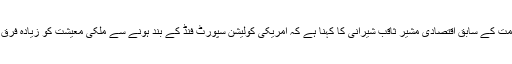
پاکستانی حکومت کے سابق اقتصادی مشیر ثاقب شیرانی کا کہنا ہے کہ امریکی کولیشن سپورٹ فنڈ کے بند ہونے سے ملکی معیشت کو زیادہ فرق نہیں پڑے گا۔